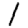
Digit: 1